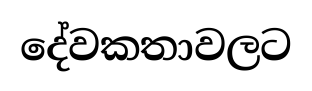
දේවකතාවලට